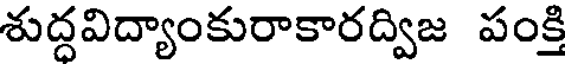
శుద్దవిద్యాంకురాకారద్విజ పంక్తి